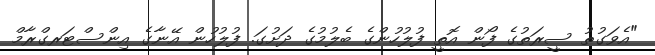
"އެވަގުތު ސީރަތުގެ ފޯން އޮތީ ފުލުހުންގެ ބެލުމުގެ ދަށުގަ. ފުލުހުން އޭނާގެ އިންސްޓަރގްރާމް